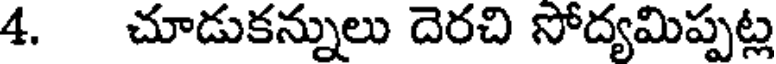
4. చూడుకన్నులు దెరచి సోద్యమిప్పట్ల